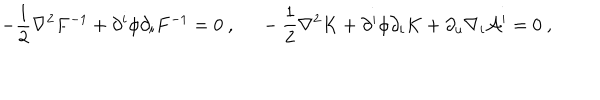
- { \frac { 1 } { 2 } } \nabla ^ { 2 } F ^ { - 1 } + \partial ^ { i } \phi \partial _ { i } F ^ { - 1 } = 0 \ , \ - { \frac { 1 } { 2 } } \nabla ^ { 2 } K + \partial ^ { i } \phi \partial _ { i } K + \partial _ { u } \nabla _ { i } { \cal A } ^ { i } = 0 \ ,